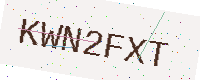
Text: KWN2FXT